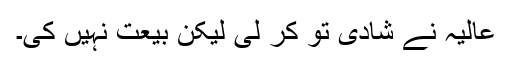
عالیہ نے شادی تو کر لی لیکن بیعت نہیں کی۔